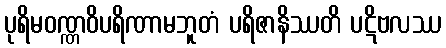
ပုရိမဝဏ္ဏဝိပရိဏာမဘူတံ ပရိဇာနိဿတိ ပဋိဗလဿ